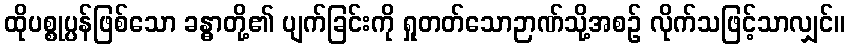
ထိုပစ္စုပ္ပန်ဖြစ်သော ခန္ဓာတို့၏ ပျက်ခြင်းကို ရှုတတ်သောဉာဏ်သို့အစဉ် လိုက်သဖြင့်သာလျှင်။